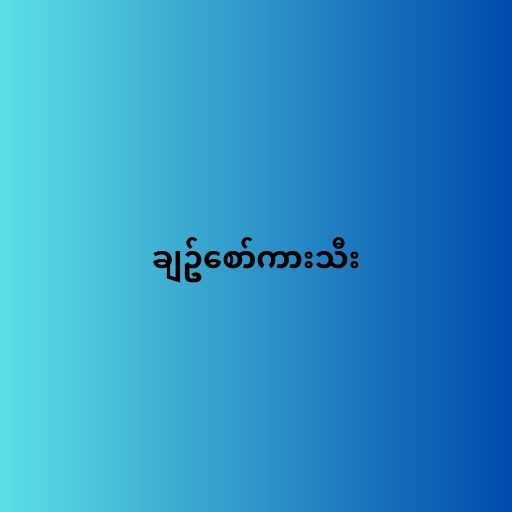
ချဥ်စော်ကားသီး